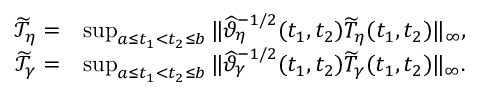
\begin{array} { r l } { \widetilde { \mathcal { T } } _ { \eta } = } & { \operatorname* { s u p } _ { a \le t _ { 1 } < t _ { 2 } \le b } \| \widehat \vartheta _ { \eta } ^ { - 1 / 2 } ( t _ { 1 } , t _ { 2 } ) \widetilde { T } _ { \eta } ( t _ { 1 } , t _ { 2 } ) \| _ { \infty } , } \\ { \widetilde { \mathcal { T } } _ { \gamma } = } & { \operatorname* { s u p } _ { a \le t _ { 1 } < t _ { 2 } \le b } \| \widehat \vartheta _ { \gamma } ^ { - 1 / 2 } ( t _ { 1 } , t _ { 2 } ) \widetilde { T } _ { \gamma } ( t _ { 1 } , t _ { 2 } ) \| _ { \infty } . } \end{array}